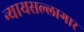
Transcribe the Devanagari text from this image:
न्यायसल्लागार